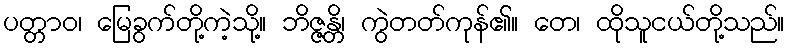
ပတ္တာဝ၊ မြေခွက်တို့ကဲ့သို့။ ဘိဇ္ဇန္တိ၊ ကွဲတတ်ကုန်၏။ တေ၊ ထိုသူငယ်တို့သည်။